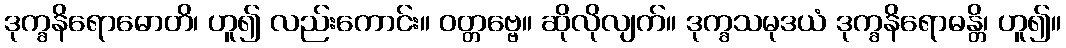
ဒုက္ခနိရောဓောတိ၊ ဟူ၍ လည်းကောင်း။ ဝတ္တဗ္ဗေ။ ဆိုလိုလျက်။ ဒုက္ခသမုဒယံ ဒုက္ခနိရောဓန္တိ၊ ဟူ၍။